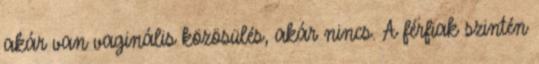
akár van vaginális közösülés, akár nincs. A férfiak szintén